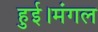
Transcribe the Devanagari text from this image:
हुई।मंगल